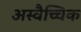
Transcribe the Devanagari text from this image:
अस्वैच्चिक